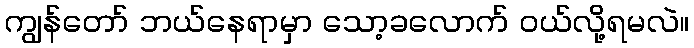
ကျွန်တော် ဘယ်နေရာမှာ သော့ခလောက် ဝယ်လို့ရမလဲ။